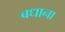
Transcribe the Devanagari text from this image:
बधाना